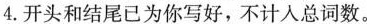
4.开头和结尾已为你写好，不计入总词数。